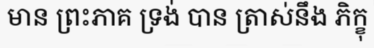
មាន ព្រះភាគ ទ្រង់ បាន ត្រាស់នឹង ភិក្ខុ